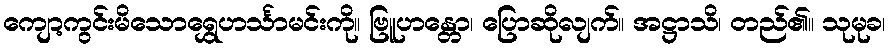
ကျော့ကွင်းမိသောရွှေဟင်္သာမင်းကို။ ဗြူဟန္တော၊ ပြောဆိုလျက်။ အဋ္ဌာသိ၊ တည်၏။ သုမုခ၊